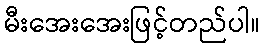
မီးအေးအေးဖြင့်တည်ပါ။